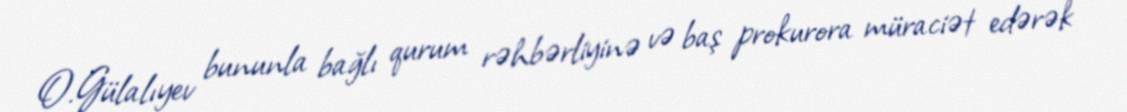
O.Gülalıyev bununla bağlı qurum rəhbərliyinə və baş prokurora müraciət edərək